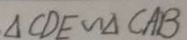
\Delta C D E \sim \Delta C A B